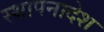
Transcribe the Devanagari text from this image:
स्थापनादेश